Leningradi_Edasi_toimetus, lk 212
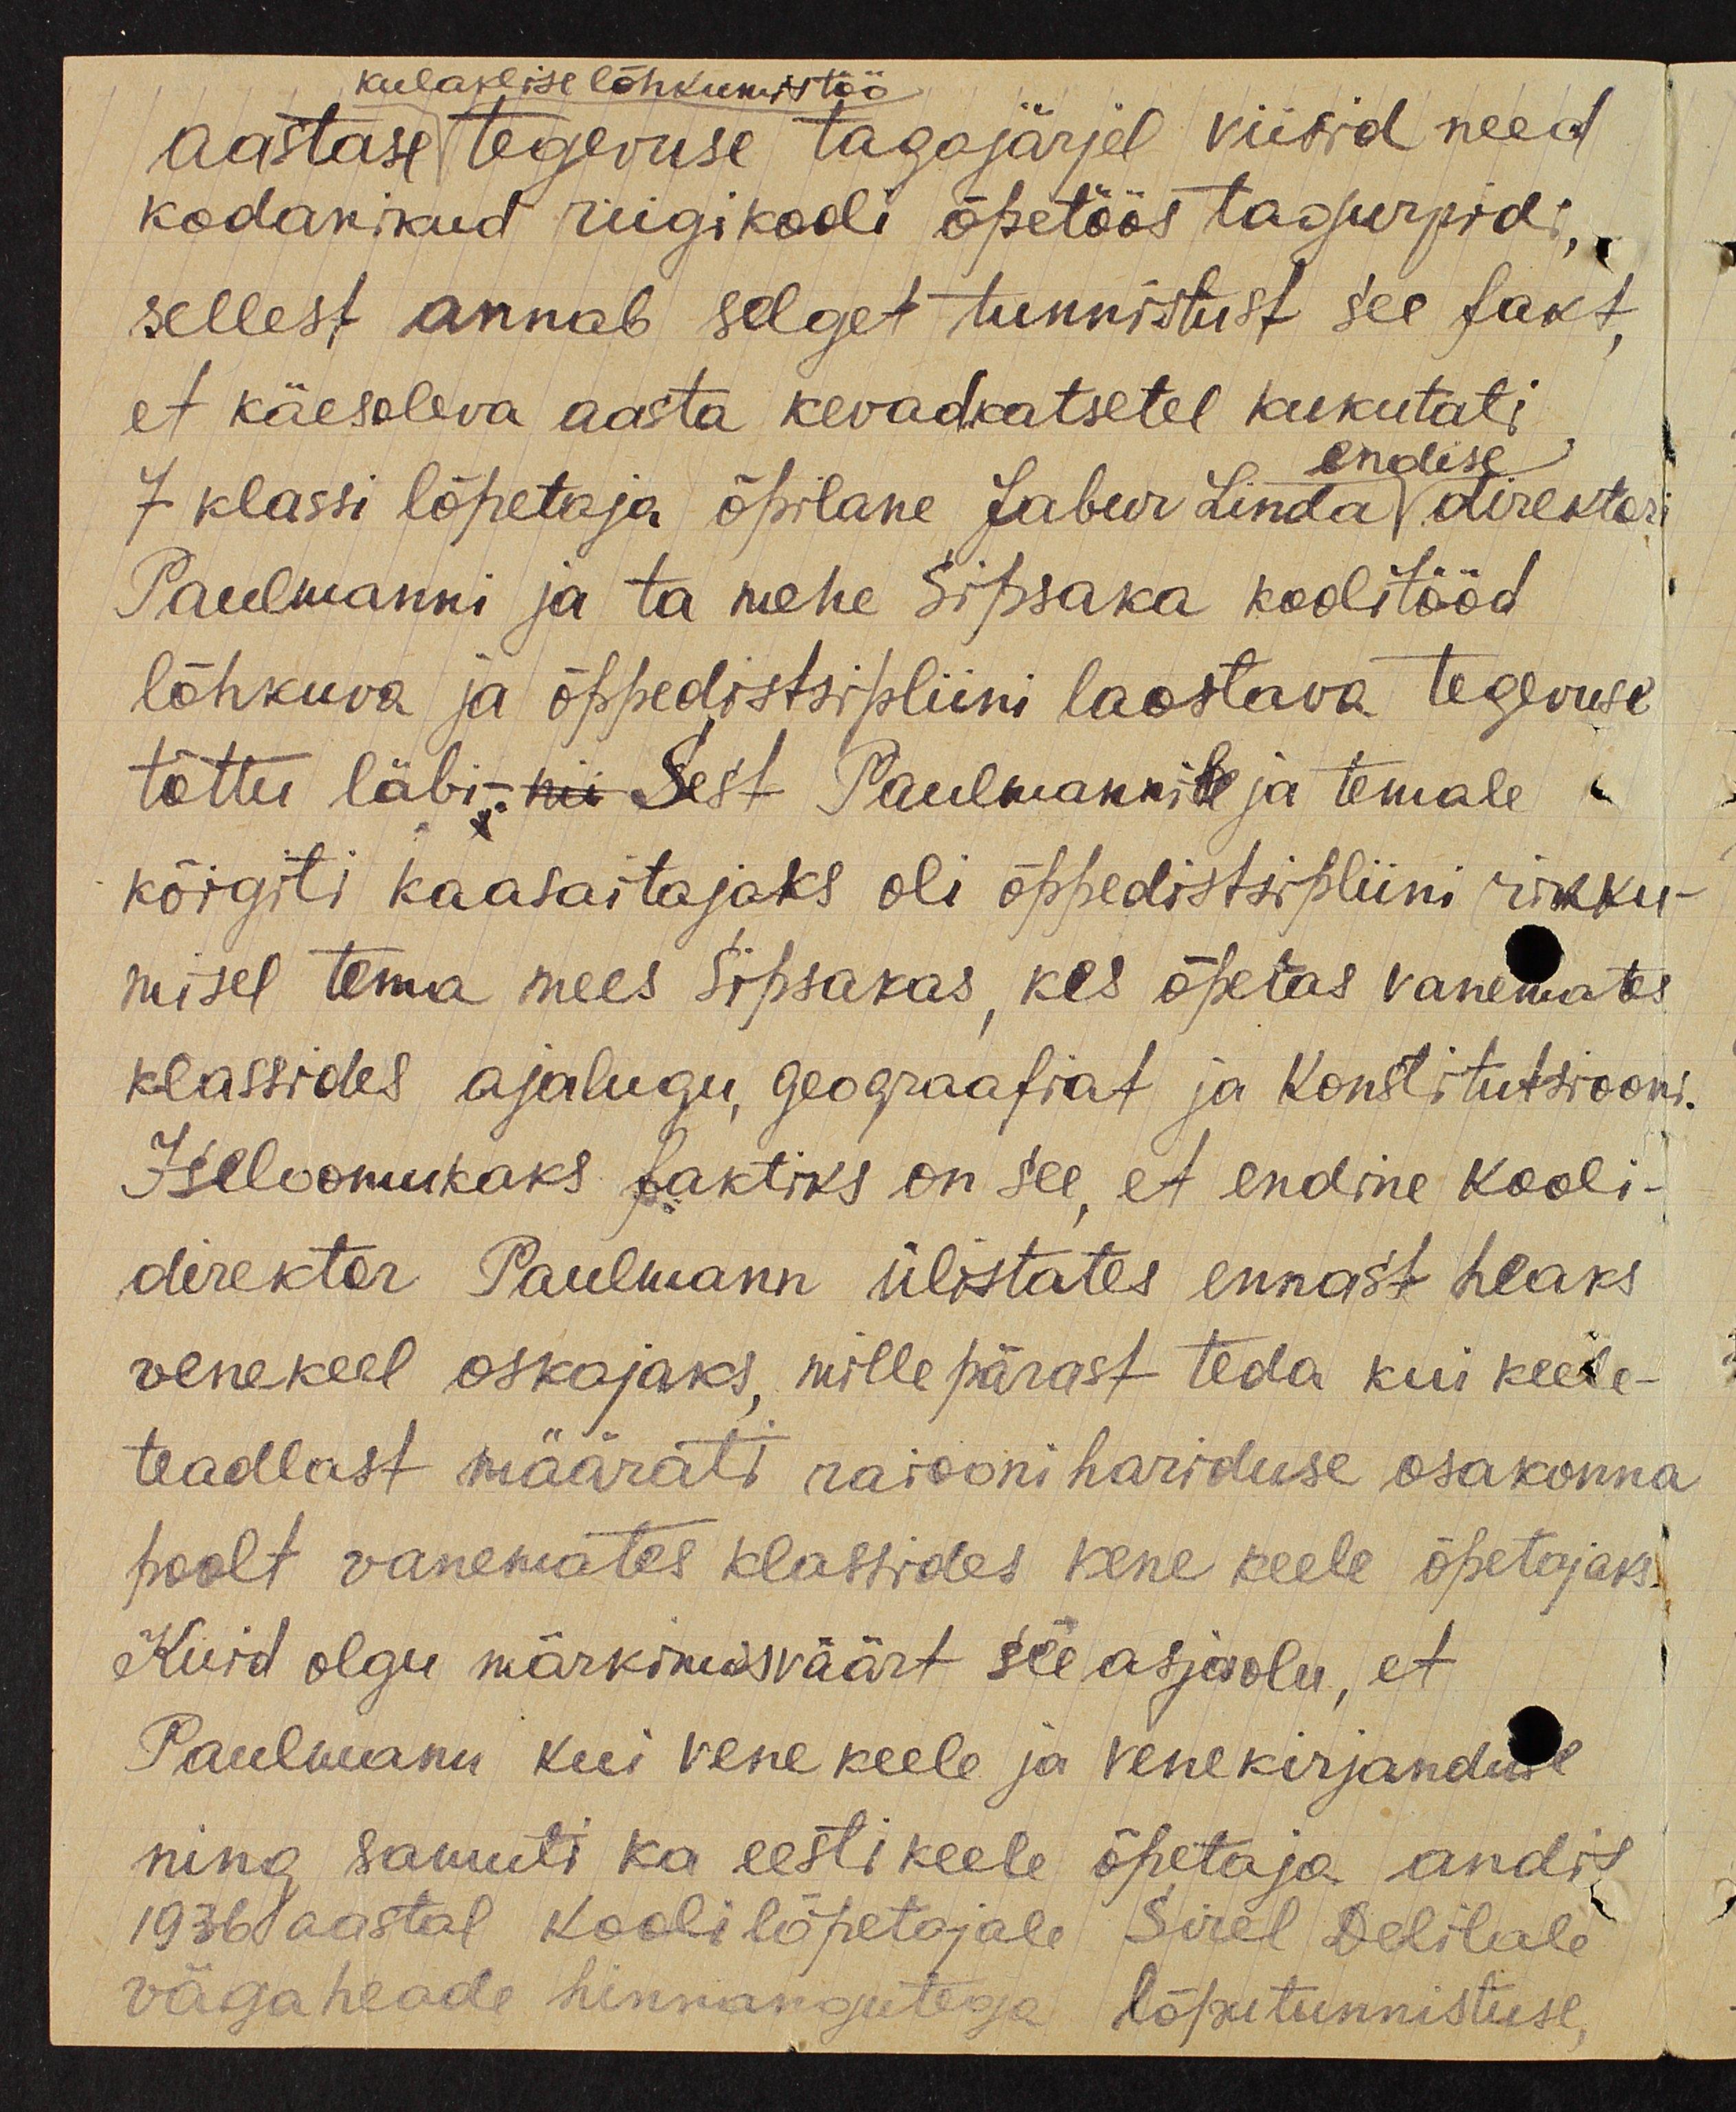
kulaklise lõhkumistöö
aastase tegevuse tagajärjel viisid need
kodanikud riigikooli õpetöös tagurpidi,
sellest annab selget tunnistust see fakt
et käesoleva aasta kevadkatsetel kukutati
endise
7 klassi lõpetaja õpilane Jabur Linda (direktor)
Paulmanni ja ta mehe Sipsaka koolitööd
lõhkuva ja õppedistsipliini laostava tegevuse
tõttu läbi-sest Paulmannile ja temale
kõigiti kaasaitajaks oli õppedistsipliini rikku-
misel tema mees Sipsakas kes õpetas vanemates
klassides ajalugu, geograafiat ja konstitutsiooni.
Iseloomukaks faktiks on see et endine kooli-
direktor Paulmann ülistates ennast heaks
venekeel oskajaks, mille pärast teda kui keele-
teadlast määrati raiooni hariduse osakonna
poolt vanemates klassides vene keele õpetajaks.
Kuid olgu märkimisväärt see asjaolu, et
Paulmann kui vene keele ja vene kirjanduse
ning samuti ka eesti keele õpetaja andis
1936 aastal kooli lõpetajale Sirel Delilale
väga heade hinnangutega lõputunnistuse